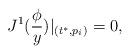
LaTeX: \begin{align*}J^1(\frac \phi y)|_{(t^{*},p_i)}=0,\end{align*}